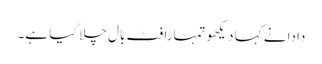
دادا نے کہا دیکھو تمہارا فٹ بال چلا گیا ہے۔